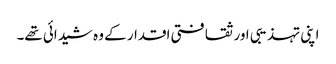
اپنی تہذیبی اور ثقافتی اقدار کے وہ شیدائی تھے۔